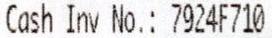
CASH INV NO.: 7924F710